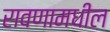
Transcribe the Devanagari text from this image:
रावणामधील